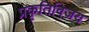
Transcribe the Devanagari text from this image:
प्रकृतिविजय